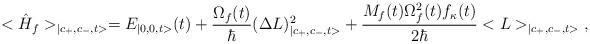
LaTeX: \begin{align*}<\hat{H}_f>_{|c_{+},c_{-},t>}=E_{|0,0,t>}(t)+\frac{\Omega_f(t)}{\hbar}(\Delta L)^2_{|c_{+},c_{-},t>}+ \frac{M_f(t)\Omega_f^2(t) f_{\kappa}(t)}{2\hbar}<L>_{|c_{+},c_{-},t>}\;,\end{align*}